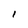
Character: l